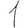
Digit: 1